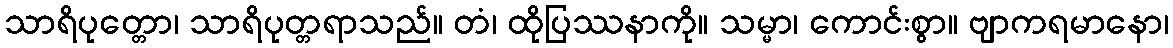
သာရိပုတ္တော၊ သာရိပုတ္တရာသည်။ တံ၊ ထိုပြဿနာကို။ သမ္မာ၊ ကောင်းစွာ။ ဗျာကရမာနော၊